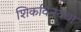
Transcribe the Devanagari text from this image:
शिकविनयचा